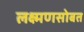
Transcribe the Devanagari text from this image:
लक्ष्मणसोबत